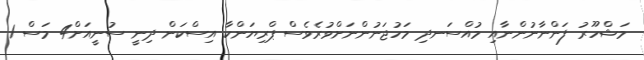
މަޝްހޫރު ފަންނާނުންނާއި މުއްސަނދި މަހުޖަނުންނަށްވުރެވެސް ޕްރިޔަންކާ އިސްކަން ދިނީ ސުނީއަށް4 މަސް 1